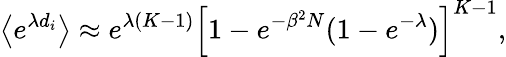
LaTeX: \left\langle e^{\lambda d_{i}}\right\rangle\approx e^{\lambda(K-1)}\left[1-e^{-\beta^{2}N}(1-e^{-\lambda})\right]^{K-1},